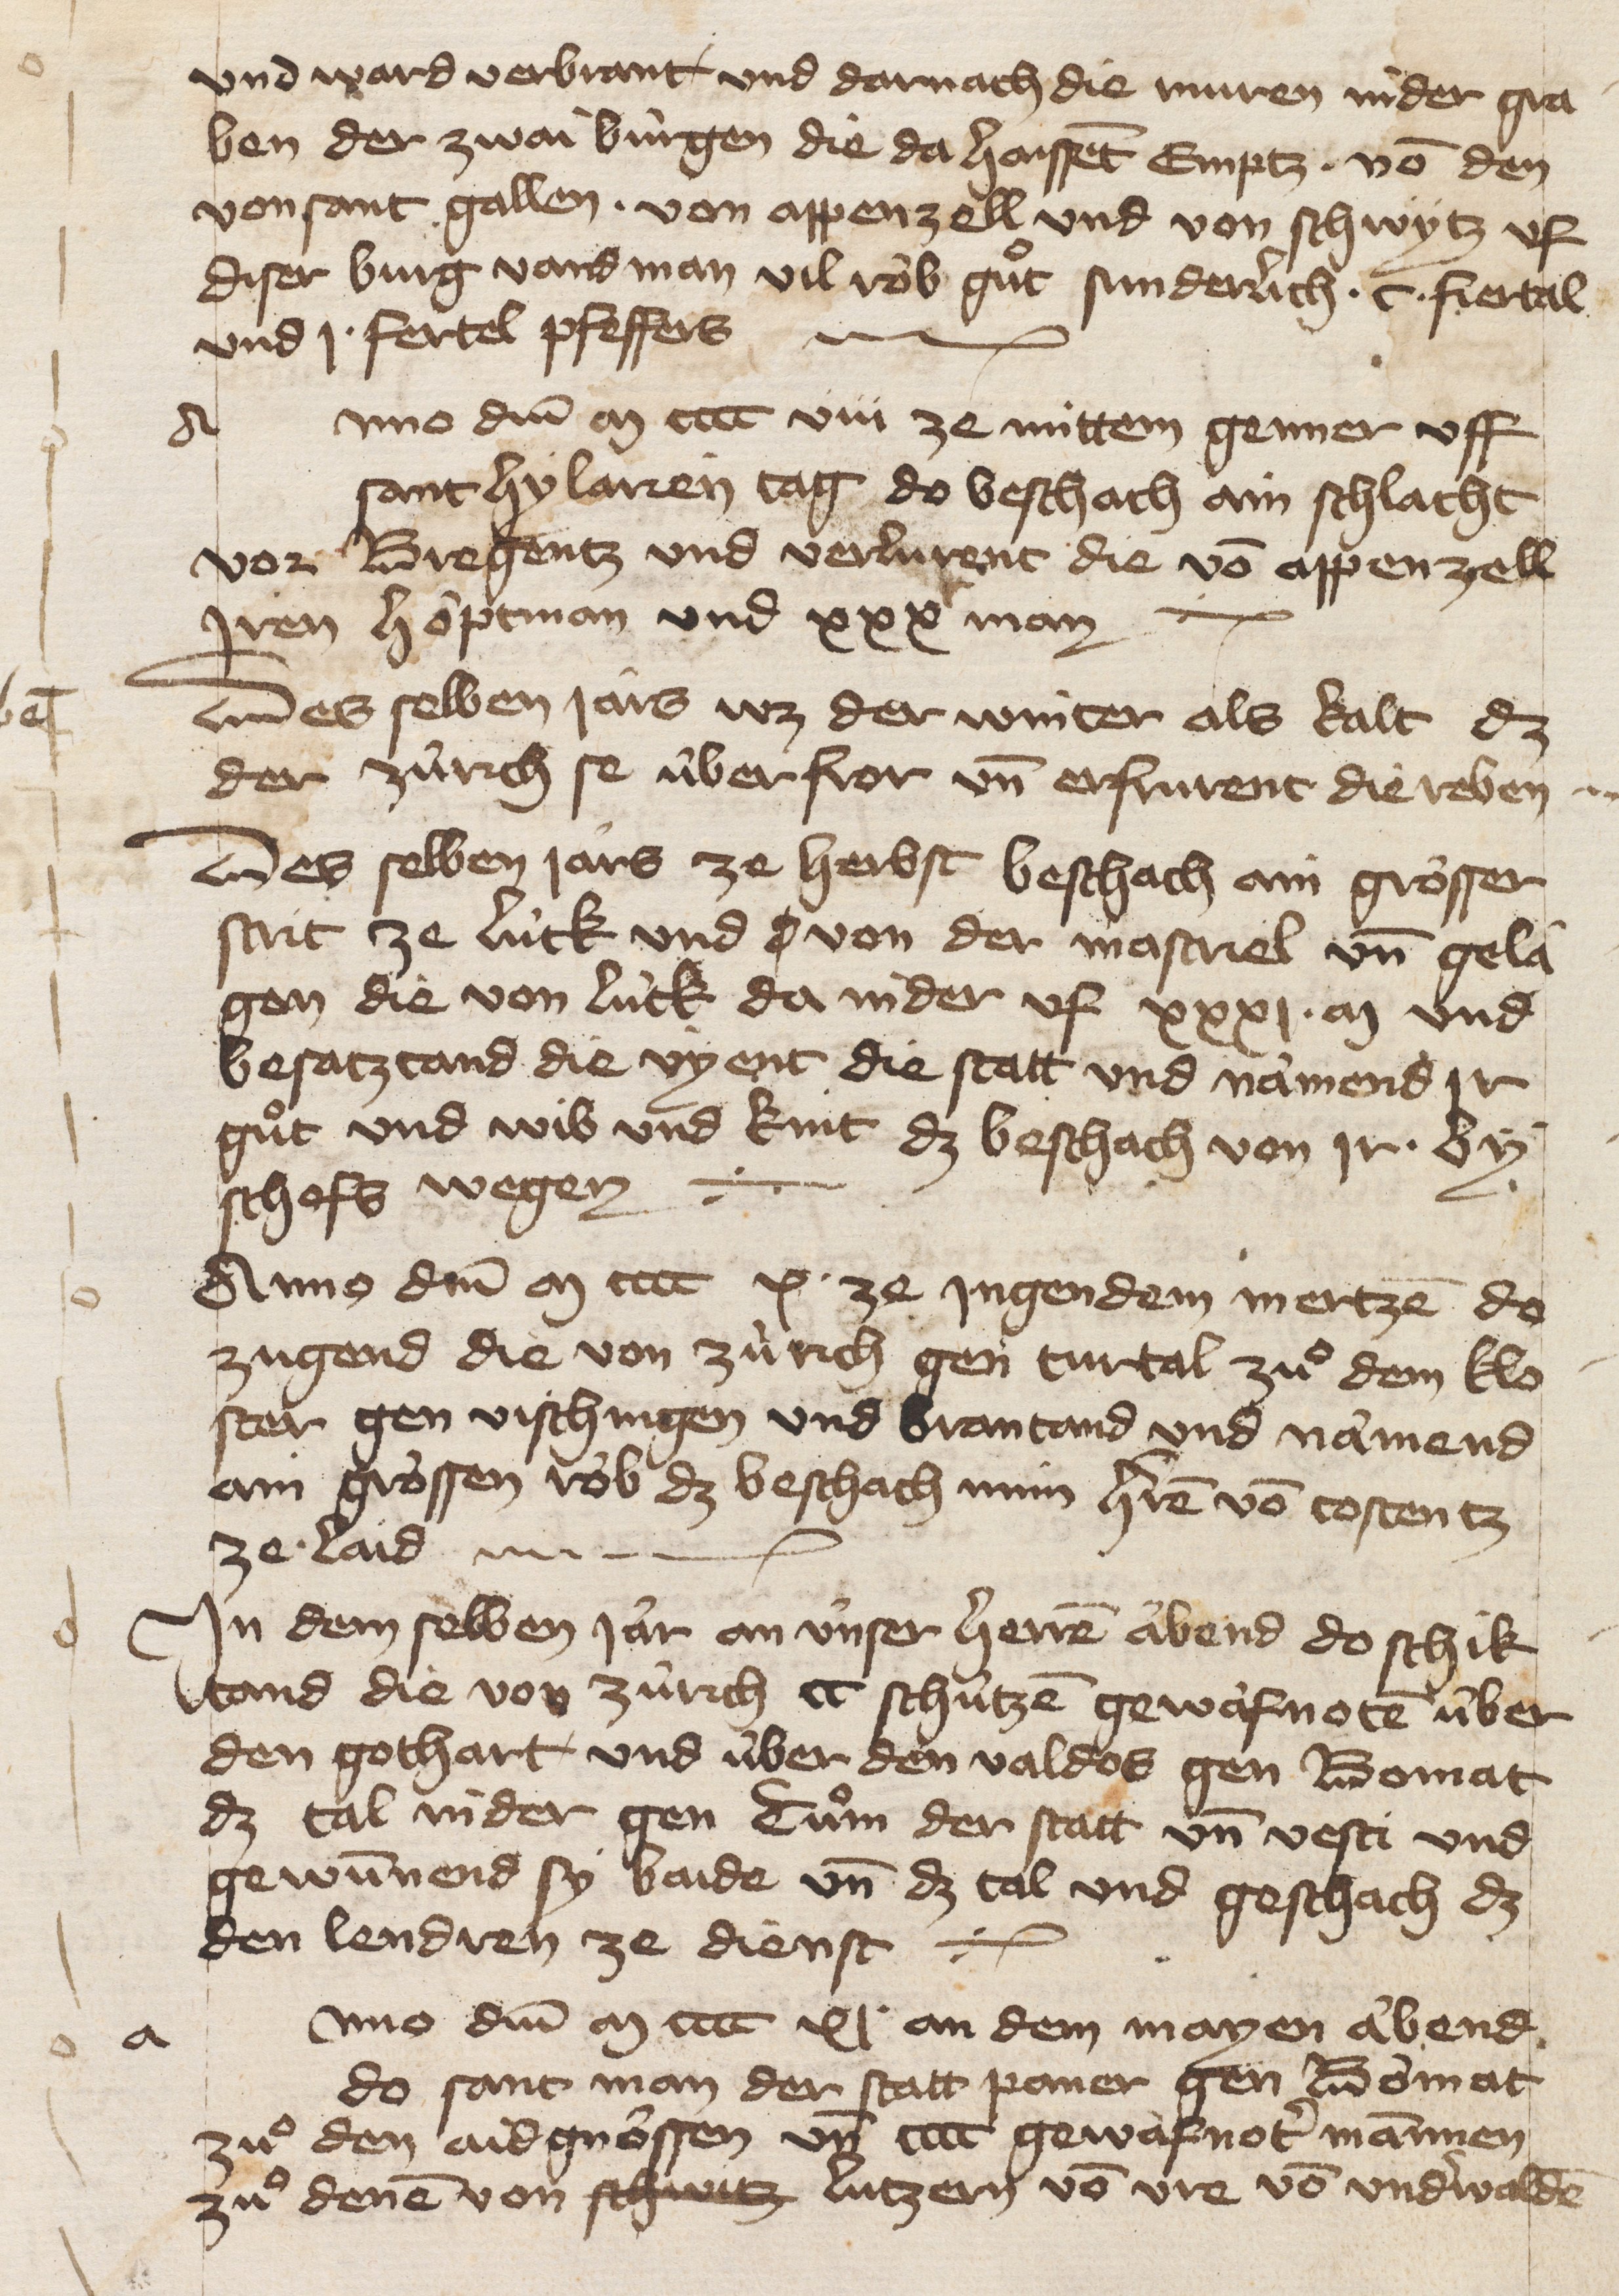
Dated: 1400–1499